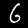
Label: 6